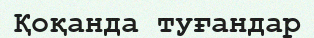
Қоқанда туғандар